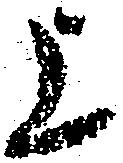
上